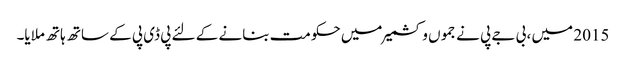
2015 میں ، بی جے پی نے جموں و کشمیر میں حکومت بنانے کے لئے پی ڈی پی کے ساتھ ہاتھ ملایا۔